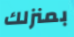
بمنزلك